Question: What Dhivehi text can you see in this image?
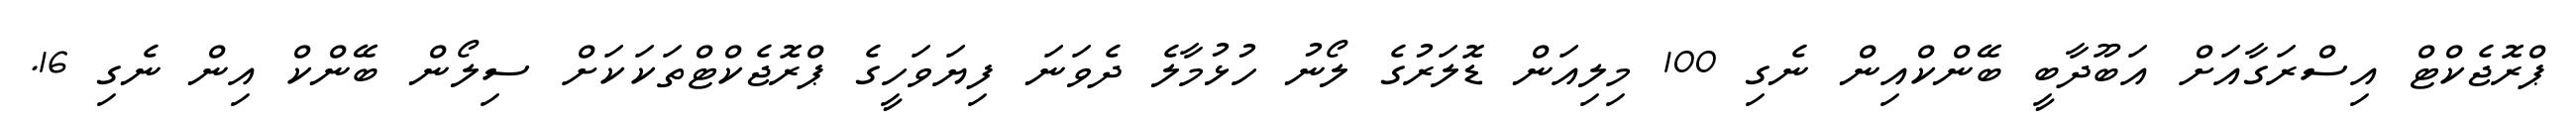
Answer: ޕްރޮޖެކްޓް އިސްރަގާއަށް އަބޫދާބީ ބޭންކްއިން ނެގި 100 މިލިއަން ޑޮލަރުގެ ލޯނު ހުޅުމާލެ ދެވަނަ ފިޔަވަހީގެ ޕްރޮޖެކްޓްތަކަކަށް ސިލޯން ބޭންކް އިން ނެގި 16.